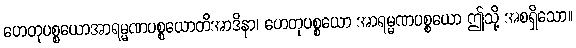
ဟေတုပစ္စယောအာရမ္မဏပစ္စယောတိအာဒိနာ၊ ဟေတုပစ္စယော အာရမ္မဏပစ္စယော ဤသို့ အစရှိသော။